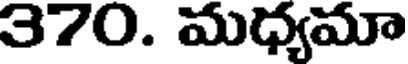
370. మధ్యమా